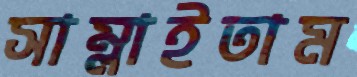
সাম্‌লাইতাম